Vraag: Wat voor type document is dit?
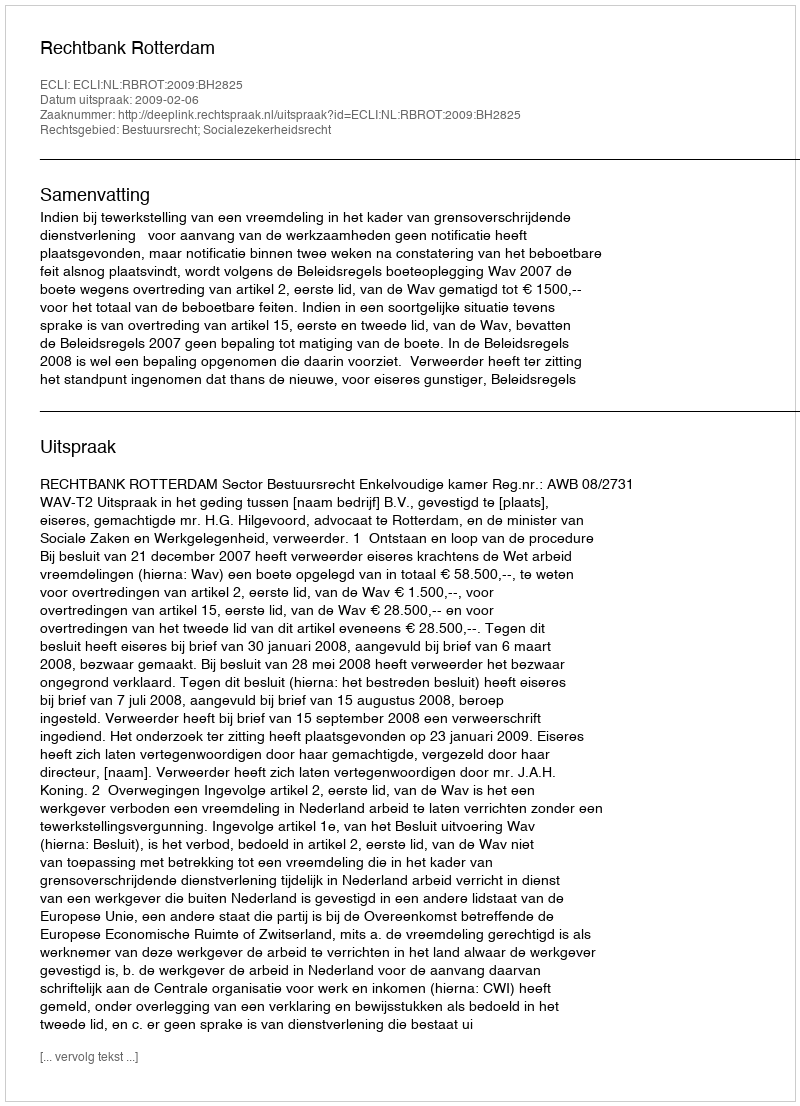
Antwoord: Uitspraak